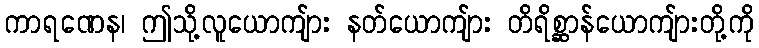
ကာရဏေန၊ ဤသို့လူယောကျ်ား နတ်ယောကျ်ား တိရိစ္ဆာန်ယောကျ်ားတို့ကို